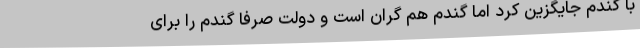
با گندم جایگزین کرد اما گندم هم گران است و دولت صرفاً گندم را برای